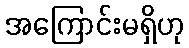
အကြောင်းမရှိဟု